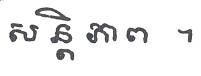
សន្តិ ភាព  ។